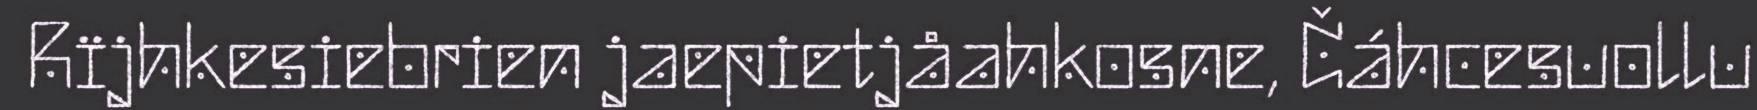
Rïjhkesiebrien jaepietjåahkosne, Čáhcesuollu